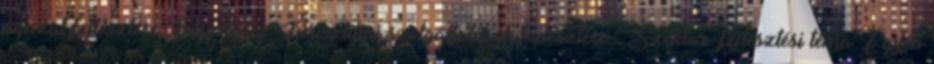
ágazat fejlesztése Intézkedés: Turisztikai szolgáltatások fejlesztése Szektor fejlesztési téma: Egyéb